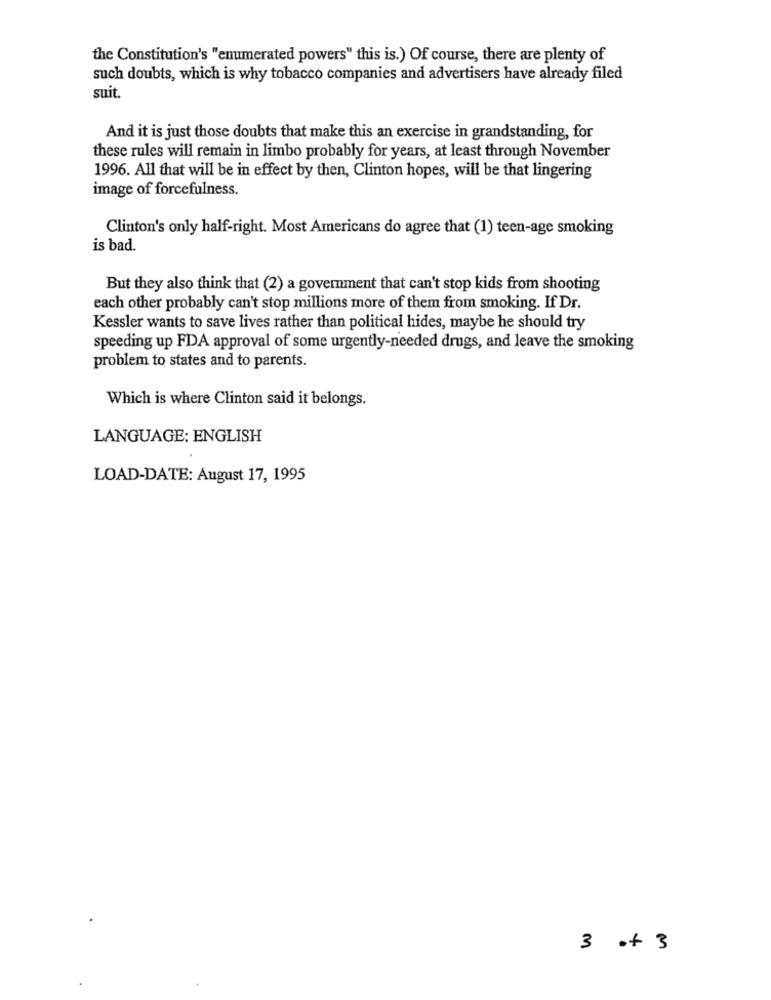
the Constitution's "enumerated powers" this is.) Of course, there are plenty of
such doubts, which is why tobacco companies and advertisers have already filed
suit.
And it is just those doubts that make this an exercise in grandstanding, for
these rules will remain in limbo probably for years, at least through November
1996. All that will be in effect by then, Clinton hopes, will be that lingering
image of forcefulness.
Clinton's only half-right. Most Americans do agree that (1) teen-age smoking
is bad.
But they also think that (2) a government that can't stop kids from shooting
each other probably can't stop millions more of them from smoking. If Dr.
Kessler wants to save lives rather than political hides, maybe he should try
speeding up FDA approval of some urgently-needed drugs, and leave the smoking
problem to states and to parents.
Which is where Clinton said it belongs.
LANGUAGE: ENGLISH
LOAD-DATE: August 17, 1995
3 of 3